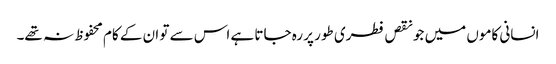
انسانی کاموں میں جو نقص فطری طور پر رہ جاتا ہے اس سے تو ان کے کام محفوظ نہ تھے۔